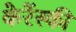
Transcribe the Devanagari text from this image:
केरेंस्की